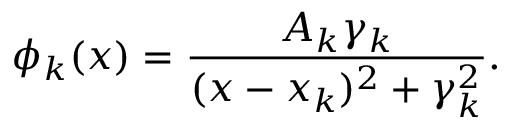
\phi _ { k } ( x ) = \frac { A _ { k } \gamma _ { k } } { ( x - x _ { k } ) ^ { 2 } + \gamma _ { k } ^ { 2 } } .